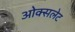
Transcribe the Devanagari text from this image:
ओक्सलेट